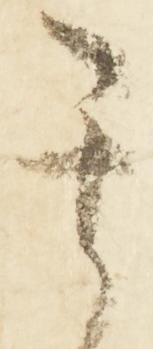
其